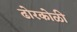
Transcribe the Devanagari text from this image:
ढोरकोळी